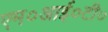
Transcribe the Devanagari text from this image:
एम०आई०टी०